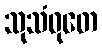
သုသံဝုတေ